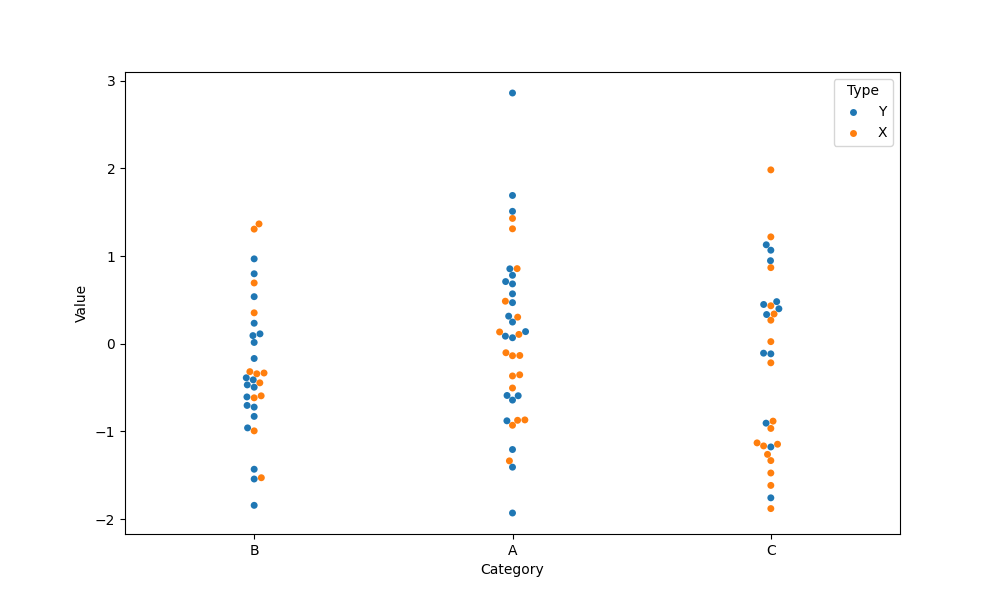
python, seaborn, swarmplot, dodge=False, alpha=1.0, size=5